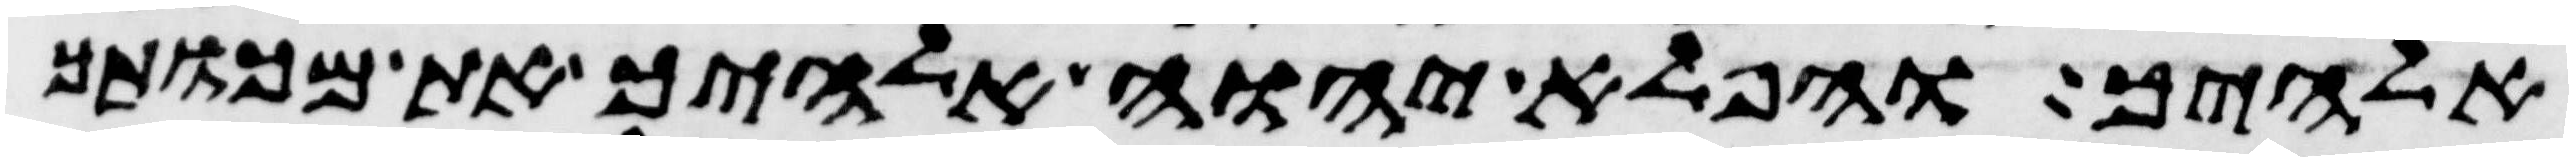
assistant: אלהיך והפלא יהוה אלהיך את מכותך